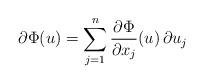
LaTeX: \begin{align*}\partial \Phi(u)=\sum_{j=1}^n\frac{\partial\Phi}{\partial x_{j}}(u)\, \partial u_j\end{align*}